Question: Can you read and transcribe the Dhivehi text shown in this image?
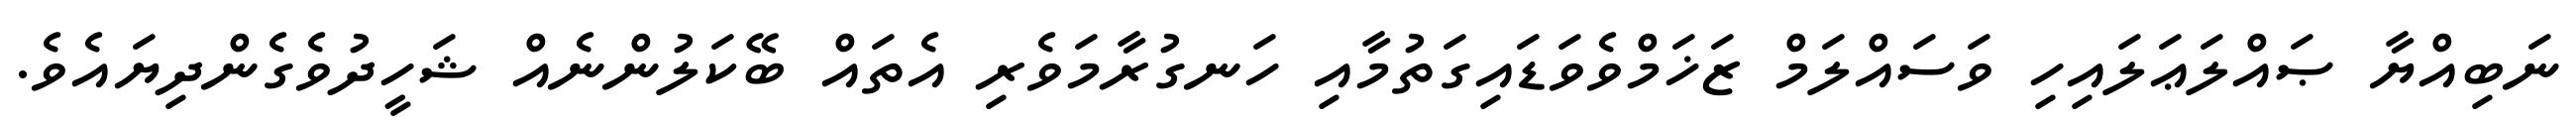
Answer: ނަބިއްޔާ ޞައްލަޢަލައިހި ވަސައްލަމް ޒަޚަމްވެވަޑައިގަތުމާއި ހަނގުރާމަވެރި އެތައް ބޭކަލުންނެއް ޝަހީދުވެގެންދިޔައެވެ.